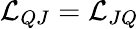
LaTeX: \mathcal{L}_{QJ}=\mathcal{L}_{JQ}